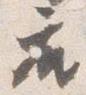
座